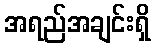
အရည်အချင်းရှိ